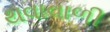
થવાવાળી